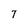
Character: 7